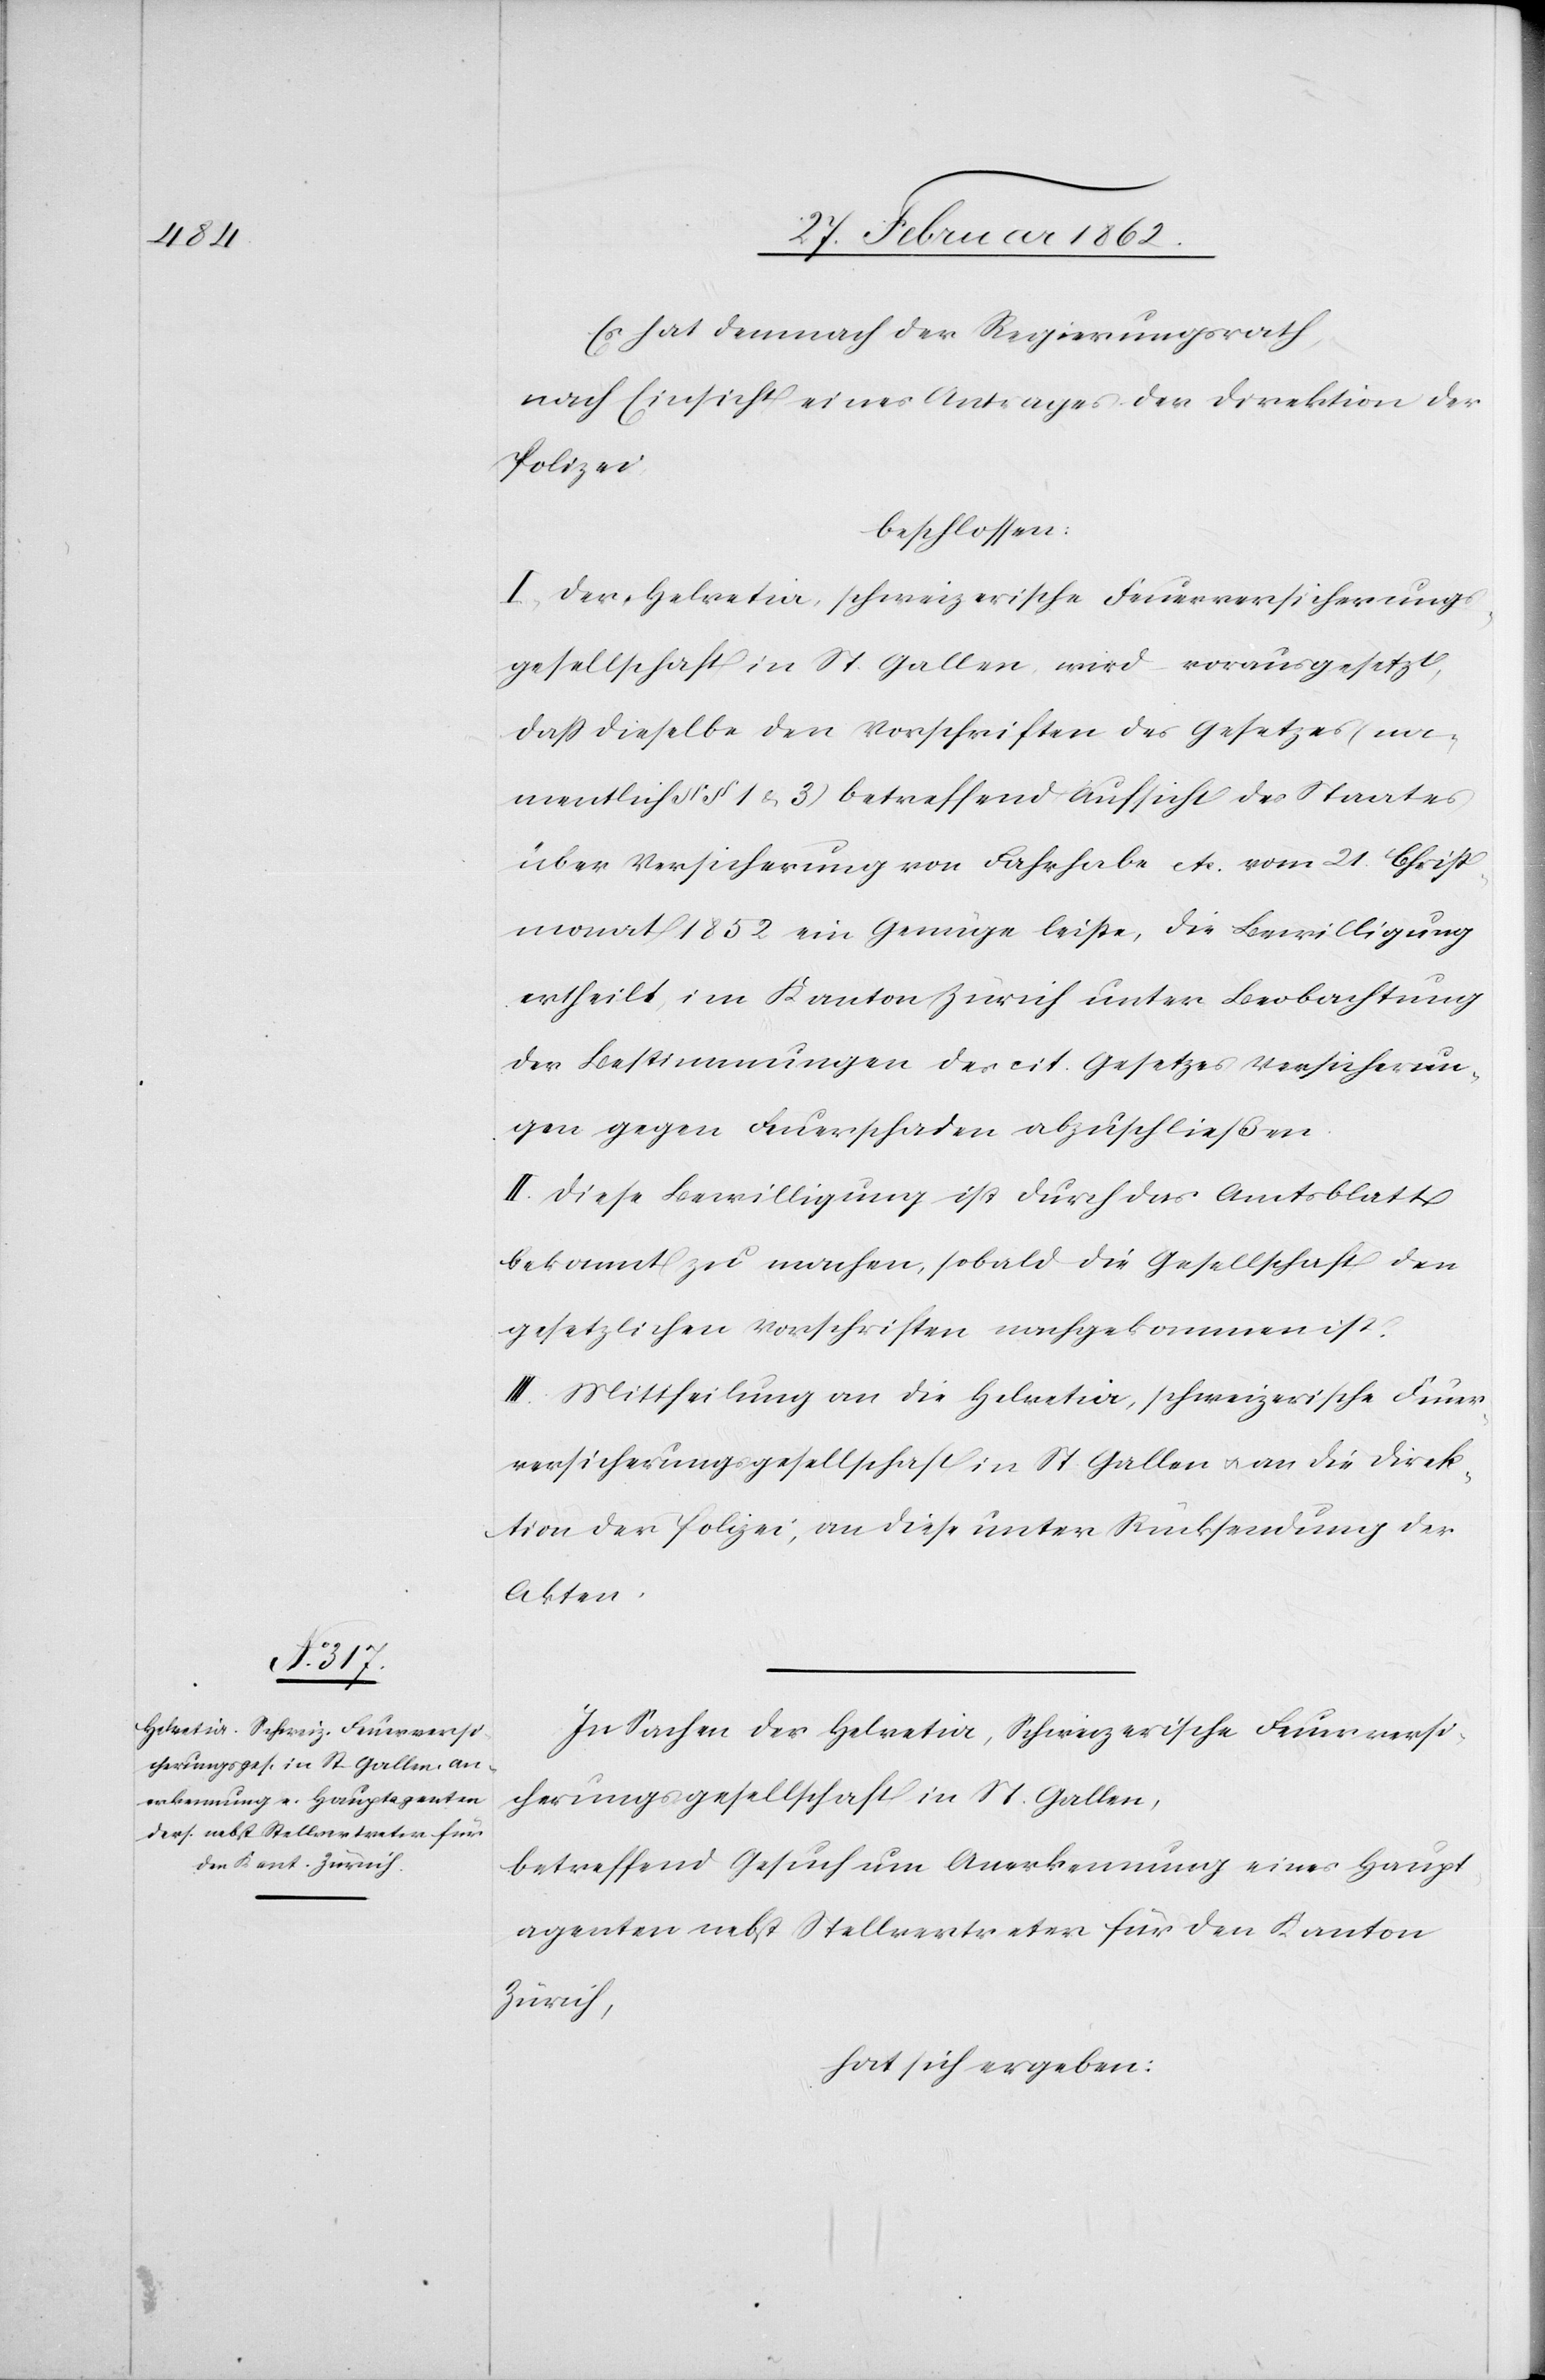
Es hat demnach der Regierungsrath
nach Einsicht eines Antrages der Direktion der
Polizei,
beschlossen:
I. Der Helvetia, schweizerische Feuerversicherungs¬
gesellschaft in St. Gallen, wird – vorausgesetzt,
daß dieselbe den Vorschriften des Gesetzes (na¬
mentlich § § 1 u.3) betreffend Aufsicht des Staates
über Versicherung von Fahrhabe etc. vom 21. Christ¬
monat 1852 ein Genüge leiste, die Bewilligung
ertheilt, im Kanton Zürich unter Beobachtung
der Bestimmungen des cit. Gesetzes Versicherun¬
gen gegen Feuerschaden abzuschließen.
II. Diese Bewilligung ist durch das Amtsblatt
bekannt zu machen, sobald die Gesellschaft den
gesetzlichen Vorschriften nachgekommen ist.
III. Mittheilung an die Helvetia, schweizerische Feuer¬
versicherungsgesellschaft in St. Gallen u. an die Direk¬
tion der Polizei, an diese unter Rücksendung der
Akten.
In Sachen der Helvetia, Schweizerische Feuerversi¬
cherungsgesellschaft in St. Gallen,
betreffend Gesuch um Anerkennung eines Haupt¬
agenten nebst Stellvertreter für den Kanton
Zürich,
hat sich ergeben: